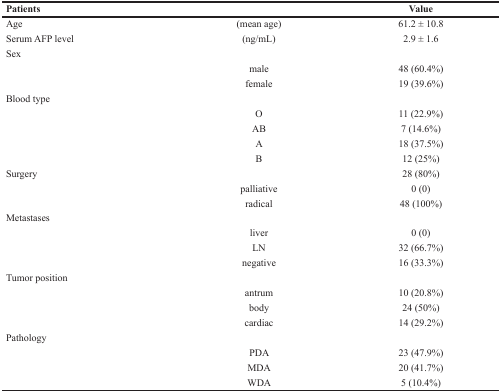
<table><thead><tr><td><b>Patients</b></td><td></td><td><b>Value</b></td></tr></thead><tbody><tr><td>Age</td><td>(mean age)</td><td>61.2 ± 10.8</td></tr><tr><td>Serum AFP level</td><td>(ng/mL)</td><td>2.9 ± 1.6</td></tr><tr><td>Sex</td><td></td><td></td></tr><tr><td></td><td>male</td><td>48 (60.4%)</td></tr><tr><td></td><td>female</td><td>19 (39.6%)</td></tr><tr><td>Blood type</td><td></td><td></td></tr><tr><td></td><td>O</td><td>11 (22.9%)</td></tr><tr><td></td><td>AB</td><td>7 (14.6%)</td></tr><tr><td></td><td>A</td><td>18 (37.5%)</td></tr><tr><td></td><td>B</td><td>12 (25%)</td></tr><tr><td>Surgery</td><td></td><td>28 (80%)</td></tr><tr><td></td><td>palliative</td><td>0 (0)</td></tr><tr><td></td><td>radical</td><td>48 (100%)</td></tr><tr><td>Metastases</td><td></td><td></td></tr><tr><td></td><td>liver</td><td>0 (0)</td></tr><tr><td></td><td>LN</td><td>32 (66.7%)</td></tr><tr><td></td><td>negative</td><td>16 (33.3%)</td></tr><tr><td>Tumor position</td><td></td><td></td></tr><tr><td></td><td>antrum</td><td>10 (20.8%)</td></tr><tr><td></td><td>body</td><td>24 (50%)</td></tr><tr><td></td><td>cardiac</td><td>14 (29.2%)</td></tr><tr><td>Pathology</td><td></td><td></td></tr><tr><td></td><td>PDA</td><td>23 (47.9%)</td></tr><tr><td></td><td>MDA</td><td>20 (41.7%)</td></tr><tr><td></td><td>WDA</td><td>5 (10.4%)</td></tr></tbody></table>